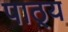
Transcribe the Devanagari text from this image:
पाठ्‌य